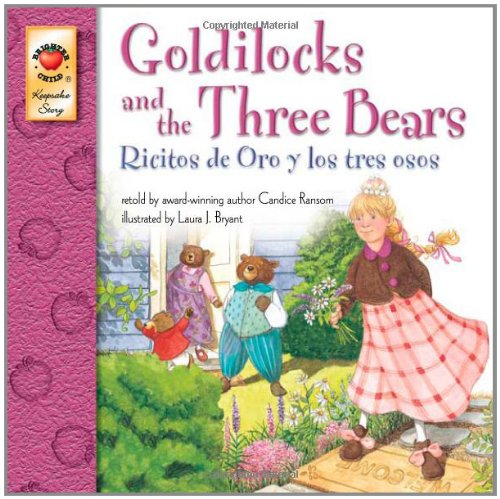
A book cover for Goldilocks and the Three Bears, Grades PK - 3: Ricitos de Oro y los tres osos (Keepsake Stories); Candice Ransom; Children's Books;